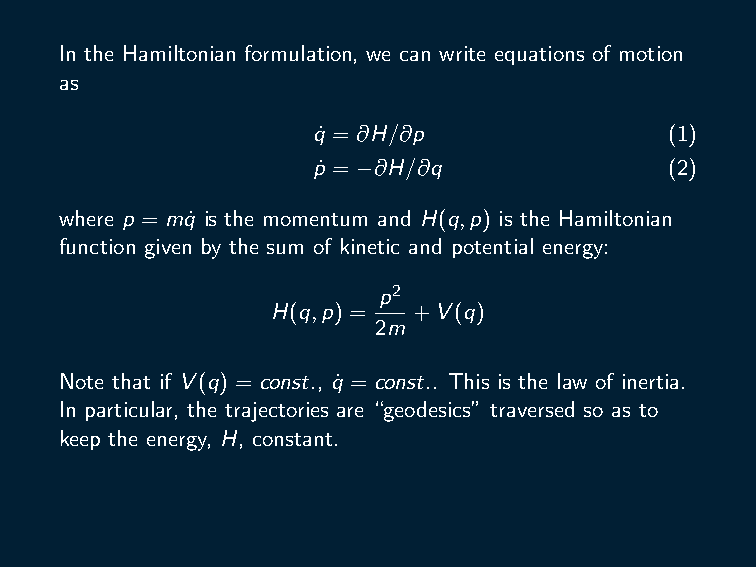
In the Hamiltonian formulation, we can write equations of motion
 as
 q˙ = ∂H/∂p             (1)
 p˙ = −∂H/∂q            (2)
 where p = mq˙ is the momentum and H(q,p) is the Hamiltonian
 function given by the sum of kinetic and potential energy:
 p2
 H(q,p) = +V(q)
 2m
 Note that if V(q) = const., q˙ = const.. This is the law of inertia.
 In particular, the trajectories are “geodesics” traversed so as to
 keep the energy, H, constant.